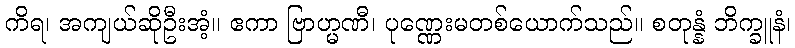
ကိရ၊ အကျယ်ဆိုဦးအံ့။ ဧကာ ဗြာဟ္မဏီ၊ ပုဏ္ဏေးမတစ်ယောက်သည်။ စတုန္နံ ဘိက္ခူနံ၊